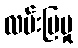
လမ်းပြမှု